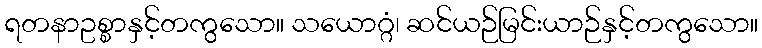
ရတနာဥစ္စာနှင့်တကွသော။ သယောဂ္ဂံ၊ ဆင်ယဉ်မြင်းယာဉ်နှင့်တကွသော။